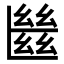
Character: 㡭